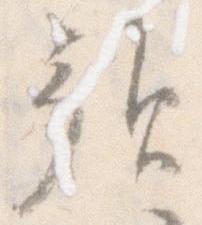
預